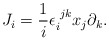
\begin{align*}J_i = {1\over i} \epsilon_i^{\,\, jk} x_j \partial_k.\end{align*}